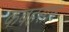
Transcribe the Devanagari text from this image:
कवहसार